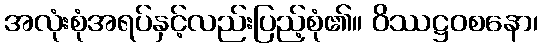
အလုံးစုံအရပ်နှင့်လည်းပြည့်စုံ၏။ ဝိဿဋ္ဌဝစနော၊